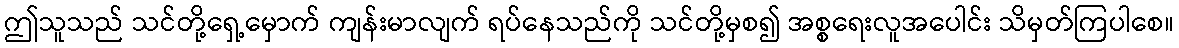
ဤသူသည် သင်တို့ရှေ့မှောက် ကျန်းမာလျက် ရပ်နေသည်ကို သင်တို့မှစ၍ အစ္စရေးလူအပေါင်း သိမှတ်ကြပါစေ။